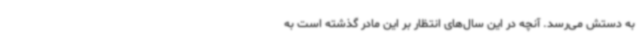
به دستش می‌رسد. آنچه در این سال‌های انتظار بر این مادر گذشته است به